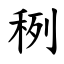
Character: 䅀